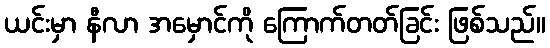
ယင်းမှာ နီလာ အမှောင်ကို ကြောက်တတ်ခြင်း ဖြစ်သည်။